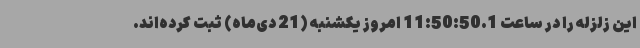
این زلزله را در ساعت 11:50:50.1 امروز یکشنبه (21 دی‌ماه) ثبت کرده‌اند.